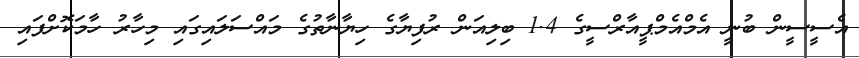
އެސީސީން ބުނީ އެމްއެމްޕީއާރްސީގެ 1.4 ބިލިއަން ރުފިޔާގެ ހިޔާނާތުގެ މައްސަލައިގައި މިހާރު ހާމަކޮށްފައި